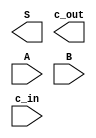
//Sumador de 4 bits 
module sum4(output wire[3:0] S, output wire c_out, input wire[3:0] A, input wire[3:0] B, input wire c_in);
	// Contenido
endmodule